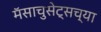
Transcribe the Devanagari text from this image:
मॅसाचुसेट्सच्या